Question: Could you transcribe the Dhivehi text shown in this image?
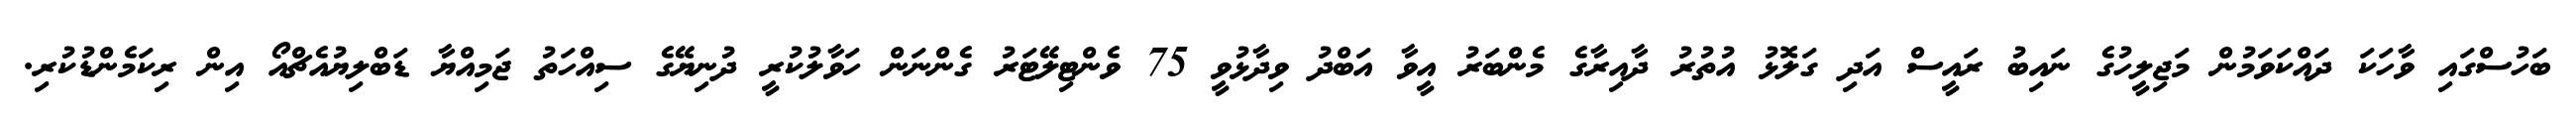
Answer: ބަހުސްގައި ވާހަކަ ދައްކަވަމުން މަޖިލީހުގެ ނައިބު ރައީސް އަދި ގަލޮޅު އުތުރު ދާއިރާގެ މެންބަރު އީވާ އަބްދު ވިދާޅުވީ 75 ވެންޓިލޭޓަރު ގެންނަން ހަވާލުކުރީ ދުނިޔޭގެ ސިއްހަތު ޖަމިއްޔާ ޑަބްލިޔުއެޗްއޯ އިން ރިކަމެންޑުކުރި.